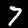
Digit: 7